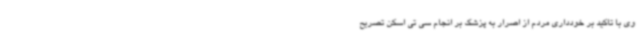
وی با تاکید بر خودداری مردم از اصرار به پزشک بر انجام سی تی اسکن تصریح